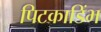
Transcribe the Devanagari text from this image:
पिटकाडिंभ